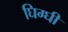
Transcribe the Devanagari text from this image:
घिग्घी